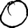
Digit: 0